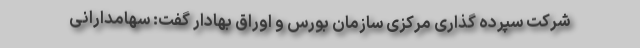
شرکت سپرده گذاری مرکزی سازمان بورس و اوراق بهادار گفت: سهامدارانی